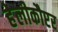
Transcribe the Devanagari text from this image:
हेलीकौप्टर